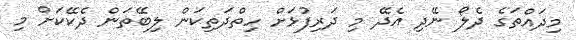
މިދައްތަގެ ދެލޯ ނޭދި އެދޭ މި ދަރިފުޅަށް ހިތްދަތިކަން ލިބޭތަން ދެކޭކަށް މި